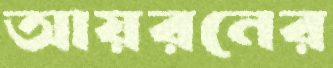
আয়রনের